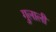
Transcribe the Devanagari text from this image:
गुलाली